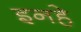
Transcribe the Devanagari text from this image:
इनहे